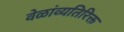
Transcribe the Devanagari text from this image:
वेळांव्यतिरिक्त